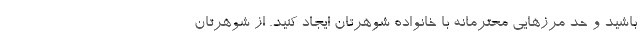
باشید و حد مرزهایی محترمانه با خانواده شوهرتان ایجاد کنید. از شوهرتان